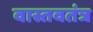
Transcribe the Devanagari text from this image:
वास्तवतंत्र